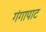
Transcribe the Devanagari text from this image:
गंगापाट